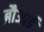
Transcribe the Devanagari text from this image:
ब्रौआर्ड